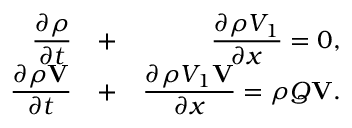
\begin{array} { r l r } { \displaystyle { \frac { \partial \rho } { \partial t } } } & { + } & { \displaystyle { \frac { \partial \rho V _ { 1 } } { \partial x } } = 0 , } \\ { \displaystyle { \frac { \partial \rho { \bf V } } { \partial t } } } & { + } & { \displaystyle { \frac { \partial \rho V _ { 1 } { \bf V } } { \partial x } } = \rho Q { \bf V } . } \end{array}